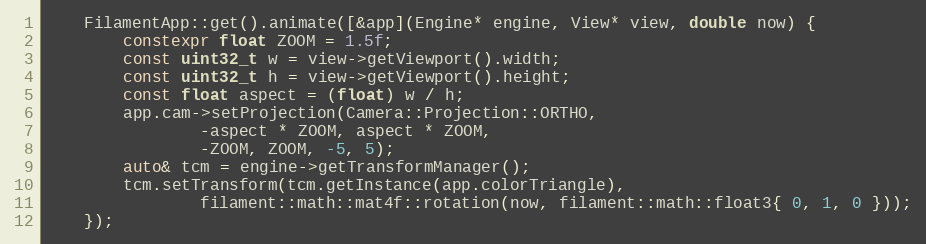
Language: C++
    FilamentApp::get().animate([&app](Engine* engine, View* view, double now) {
        constexpr float ZOOM = 1.5f;
        const uint32_t w = view->getViewport().width;
        const uint32_t h = view->getViewport().height;
        const float aspect = (float) w / h;
        app.cam->setProjection(Camera::Projection::ORTHO,
                -aspect * ZOOM, aspect * ZOOM,
                -ZOOM, ZOOM, -5, 5);
        auto& tcm = engine->getTransformManager();
        tcm.setTransform(tcm.getInstance(app.colorTriangle),
                filament::math::mat4f::rotation(now, filament::math::float3{ 0, 1, 0 }));
    });